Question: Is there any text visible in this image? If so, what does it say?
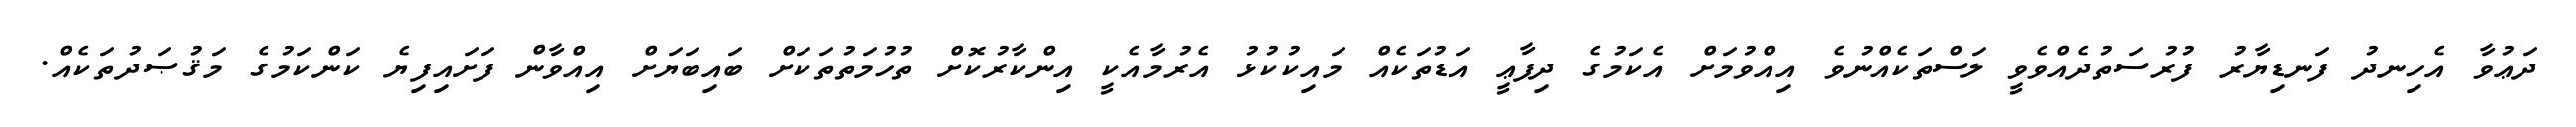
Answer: ދަޢުވާ އެހިނދު ފަނޑިޔާރު ފުރުސަތުދެއްވެވީ ލަސްތަކެއްނުވެ އިއްވުމަށް އެކަމުގެ ދިފާޢީ އަޑުތަކެއް މައިކުކުޅު އެރުމާއެކީ އިންކާރުކޮށް ތުހުމަތުތަކަށް ބައިބަޔަށް އިއްވާން ފަށައިފިޔެ ކަންކަމުގެ މަޤުޞަދުތަކެއް.